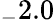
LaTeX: _-2.0